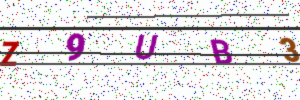
Text: Z9UB3